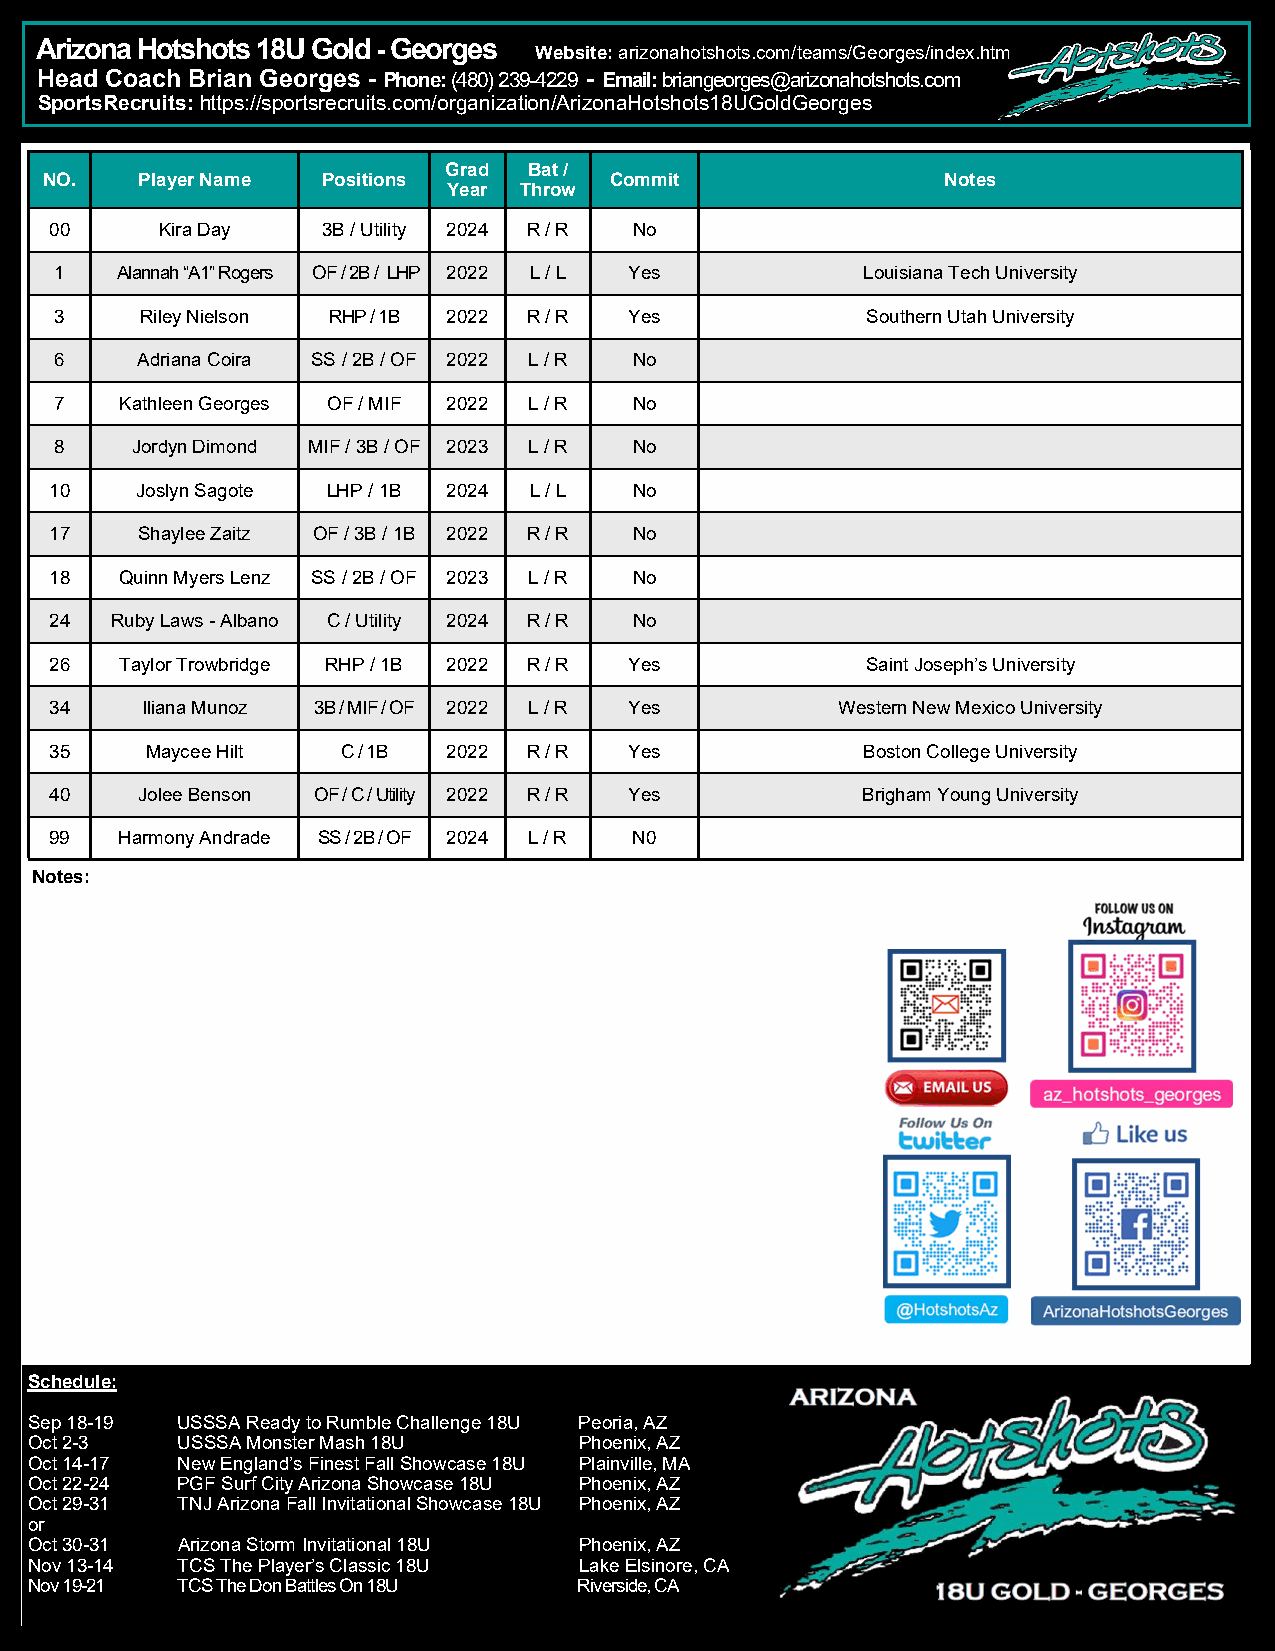
Arizona Hotshots 18U Gold - Georges
 Website: arizonahotshots.com/teams/Georges/index.htm
 Head Coach Brian Georges - Phone: (480) 239-4229 - Email: briangeorges@arizonahot shots.com
 SportsRecruits: https://sportsrecruits.com/organization/ArizonaHotshots18UGoldGeorges
 Grad  Bat /
 NO.   Player Name Positions          Commit                 Notes
 Year Throw
 00      Kira Day  3B / Utility 2024 R / R No
 1   Alannah “A1” Rogers OF / 2B / LHP 2022 L / L Yes Louisiana Tech University
 3    Riley Nielson RHP / 1B 2022 R / R Yes           Southern Utah University
 6    Adriana Coira SS / 2B / OF 2022 L / R No
 7   Kathleen Georges OF / MIF 2022 L / R No
 8    Jordyn Dimond MIF / 3B / OF 2023 L / R No
 10    Joslyn Sagote LHP / 1B 2024 L / L No
 17    Shaylee Zaitz OF / 3B / 1B 2022 R / R No
 18   Quinn Myers Lenz SS / 2B / OF 2023 L / R No
 24  Ruby Laws - Albano C / Utility 2024 R / R No
 26   Taylor Trowbridge RHP / 1B 2022 R / R Yes        Saint Joseph’s University
 34    Iliana Munoz 3B / MIF / OF 2022 L / R Yes     W estern New Mexico University
 35     Maycee Hilt  C / 1B 2022 R / R  Yes            Boston College University
 40    Jolee Benson OF / C / Utility 2022 R / R Yes    Brigham Young University
 99   Harmony Andrade SS / 2B / OF 2024 L / R N0
 Notes:
 Schedule:
 Sep 18-19 USSSA Ready to Rumble Challenge 18U Peoria, AZ
 Oct 2-3   USSSA Monster Mash 18U    Phoenix, AZ
 Oct 14-17 New England’s Finest Fall Showcase 18U Plainville, MA
 Oct 22-24 PGF Surf City Arizona Showcase 18U Phoenix, AZ
 Oct 29-31 TNJ Arizona Fall Invitational Showcase 18U Phoenix, AZ
 or
 Oct 30-31 Arizona Storm Invitational 18U Phoenix, AZ
 Nov 13-14 TCS The Player’s Classic 18U Lake Elsinore, CA
 Nov 19-21 TCS The Don Battles On 18U Riverside, CA